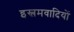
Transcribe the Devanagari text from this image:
इस्लमवादियों